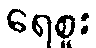
ရေစူး